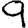
Digit: 9